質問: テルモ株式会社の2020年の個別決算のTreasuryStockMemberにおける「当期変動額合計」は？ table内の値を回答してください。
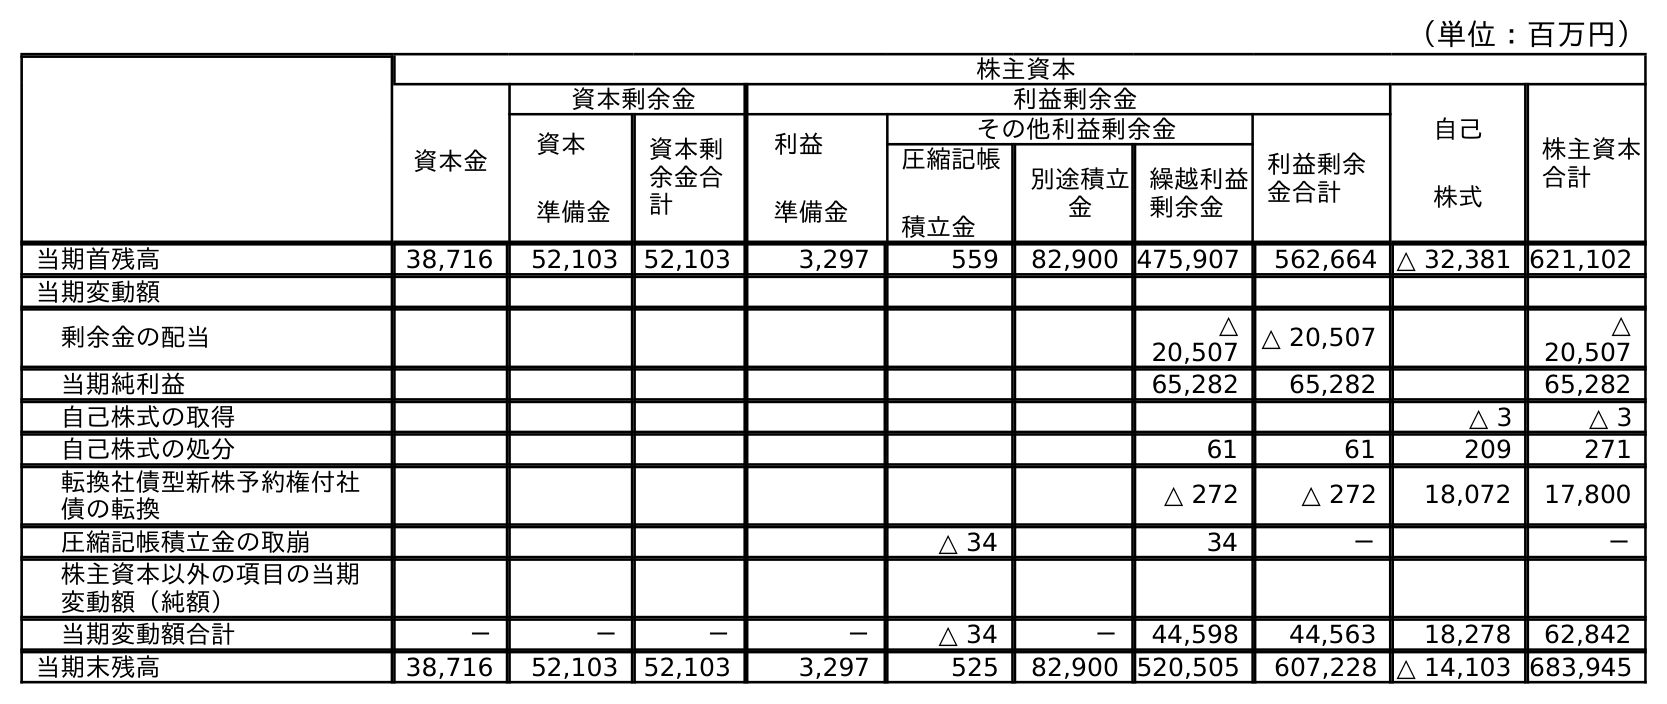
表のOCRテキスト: （単位：百万円） 株主資本 資本金 資本剰余金 利益剰余金 自己 株式 株主資本 合計 資本 準備金 資本剰 余金合 計 利益 準備金 その他利益剰余金 利益剰余 金合計 圧縮記帳 積立金 別途積立 金 繰越利益 剰余金 当期首残高 38,716 52,103 52,103 3,297 559 82,900 475,907 562,664 △ 32,381 621,102 当期変動額 剰余金の配当 △ 20,507 △ 20,507 △ 20,507 当期純利益 65,282 65,282 65,282 自己株式の取得 △ 3 △ 3 自己株式の処分 61 61 209 271 転換社債型新株予約権付社 債の転換 △ 272 △ 272 18,072 17,800 圧縮記帳積立金の取崩 △ 34 34 － － 株主資本以外の項目の当期 変動額（純額） 当期変動額合計 － － － － △ 34 － 44,598 44,563 18,278 62,842 当期末残高 38,716 52,103 52,103 3,297 525 82,900 520,505 607,228 △ 14,103 683,945
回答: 18,278